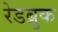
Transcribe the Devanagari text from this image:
रेडब्रुक